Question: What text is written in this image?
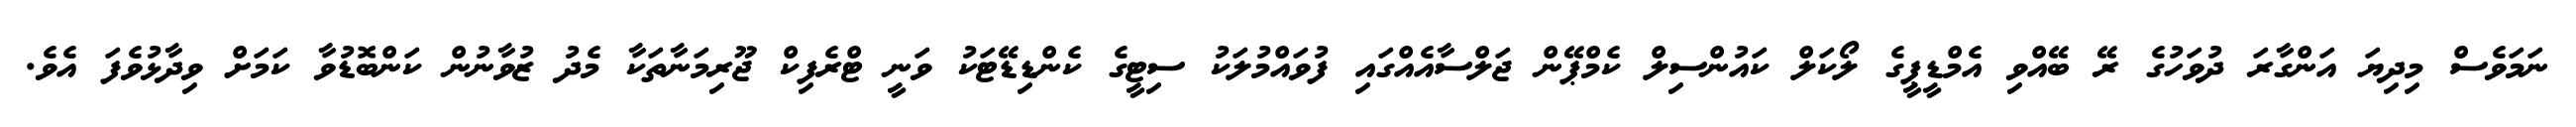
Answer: ނަމަވެސް މިދިޔަ އަންގާރަ ދުވަހުގެ ރޭ ބޭއްވި އެމްޑީޕީގެ ލޯކަލް ކައުންސިލް ކެމްޕޭން ޖަލްސާއެއްގައި ފުވައްމުލަކު ސިޓީގެ ކެންޑިޑޭޓަކު ވަނީ ޓްރެފިކް ޖޫރިމަނާތަކާ މެދު ޒުވާނުން ކަންބޮޑުވާ ކަމަށް ވިދާޅުވެފަ އެވެ.